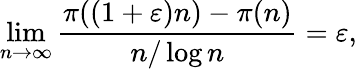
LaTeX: \operatorname*{lim}_{n\to\infty}{\frac{\pi((1+\varepsilon)n)-\pi(n)}{n/\log n}}=\varepsilon,